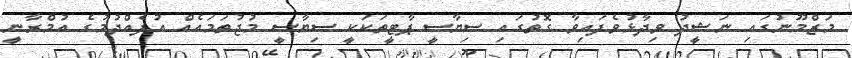
މަޒްމޫނުގައި ނަޝީދު ވިދާޅުވެފައިވާ ގޮތުގައި ސިޔާސީ ޕާޓީތަކަކީ ސިޔާސީ މުޖުތަމައެއް އުފެއްދުމުގެ އުމްރާނީ